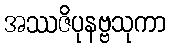
အဿဇိပုနဗ္ဗသုကာ